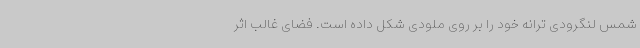
شمس لنگرودی ترانه خود را بر روی ملودی شکل داده است. فضای غالب اثر